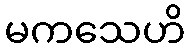
မကသေဟိ